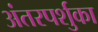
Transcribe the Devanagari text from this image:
अंतरपर्शुका